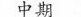
中期